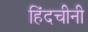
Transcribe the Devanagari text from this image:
हिंदचीनी